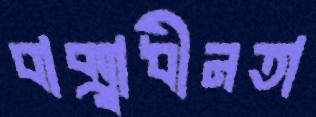
বাক্স্বাধীনতা